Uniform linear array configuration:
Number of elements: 12
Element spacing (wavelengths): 1
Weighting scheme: blackman
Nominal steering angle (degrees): -45
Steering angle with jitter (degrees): -43.97
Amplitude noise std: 0.05
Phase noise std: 0.05

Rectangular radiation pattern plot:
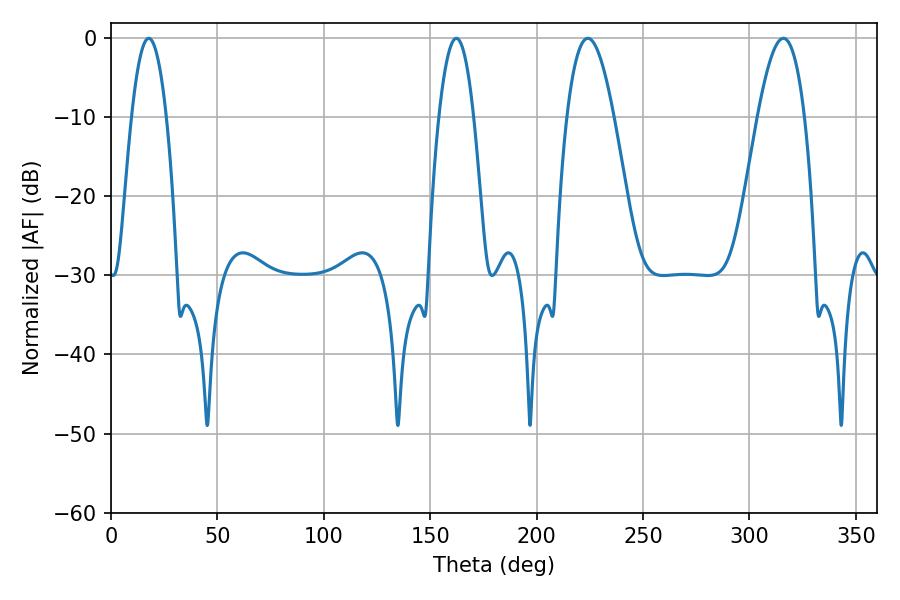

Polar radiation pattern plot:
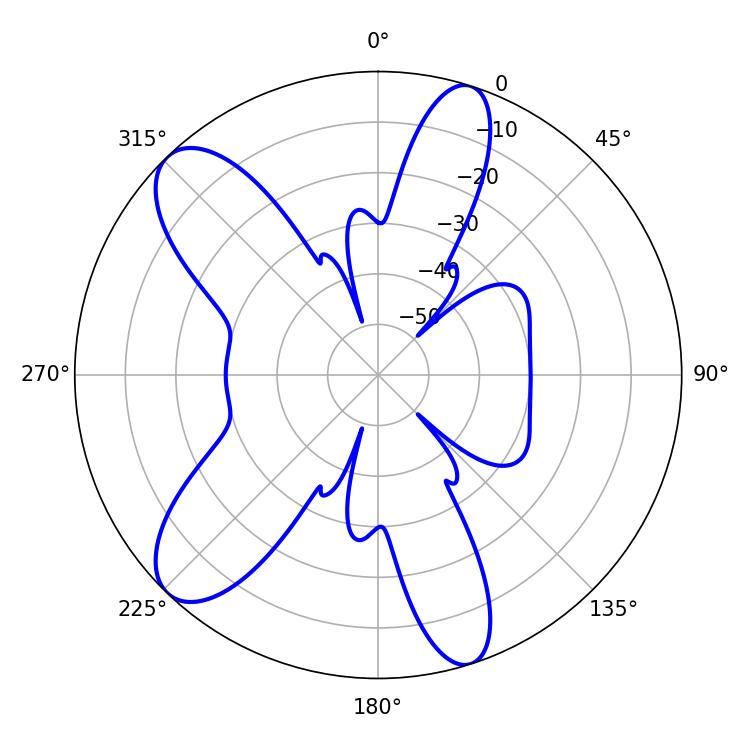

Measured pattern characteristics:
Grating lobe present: TRUE
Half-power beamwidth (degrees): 12.06
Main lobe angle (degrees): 224.1